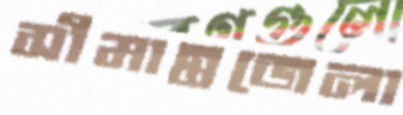
সীমান্তজেলা